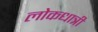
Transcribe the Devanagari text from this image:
लोकधात्री